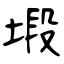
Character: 塅